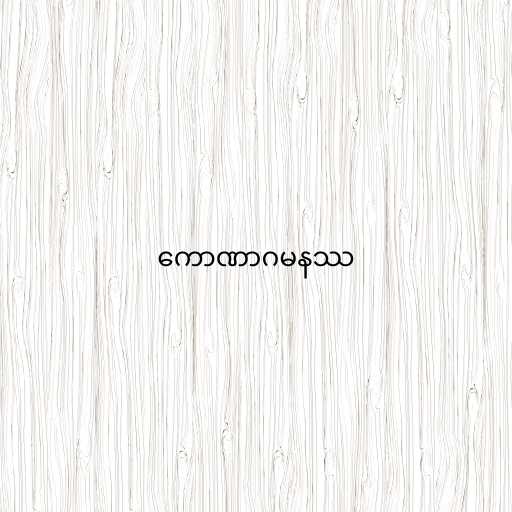
ကောဏာဂမနဿ